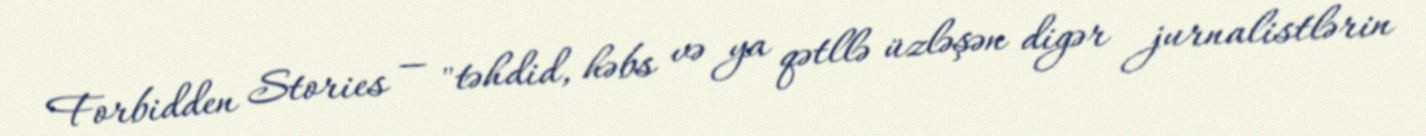
Forbidden Stories — "təhdid, həbs və ya qətllə üzləşən digər jurnalistlərin